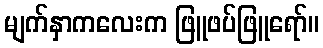
မျက်နှာကလေးက ဖြူဖပ်ဖြူရော်။